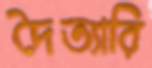
দৈত্যারি